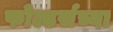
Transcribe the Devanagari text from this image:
फोल्डर्सच्या